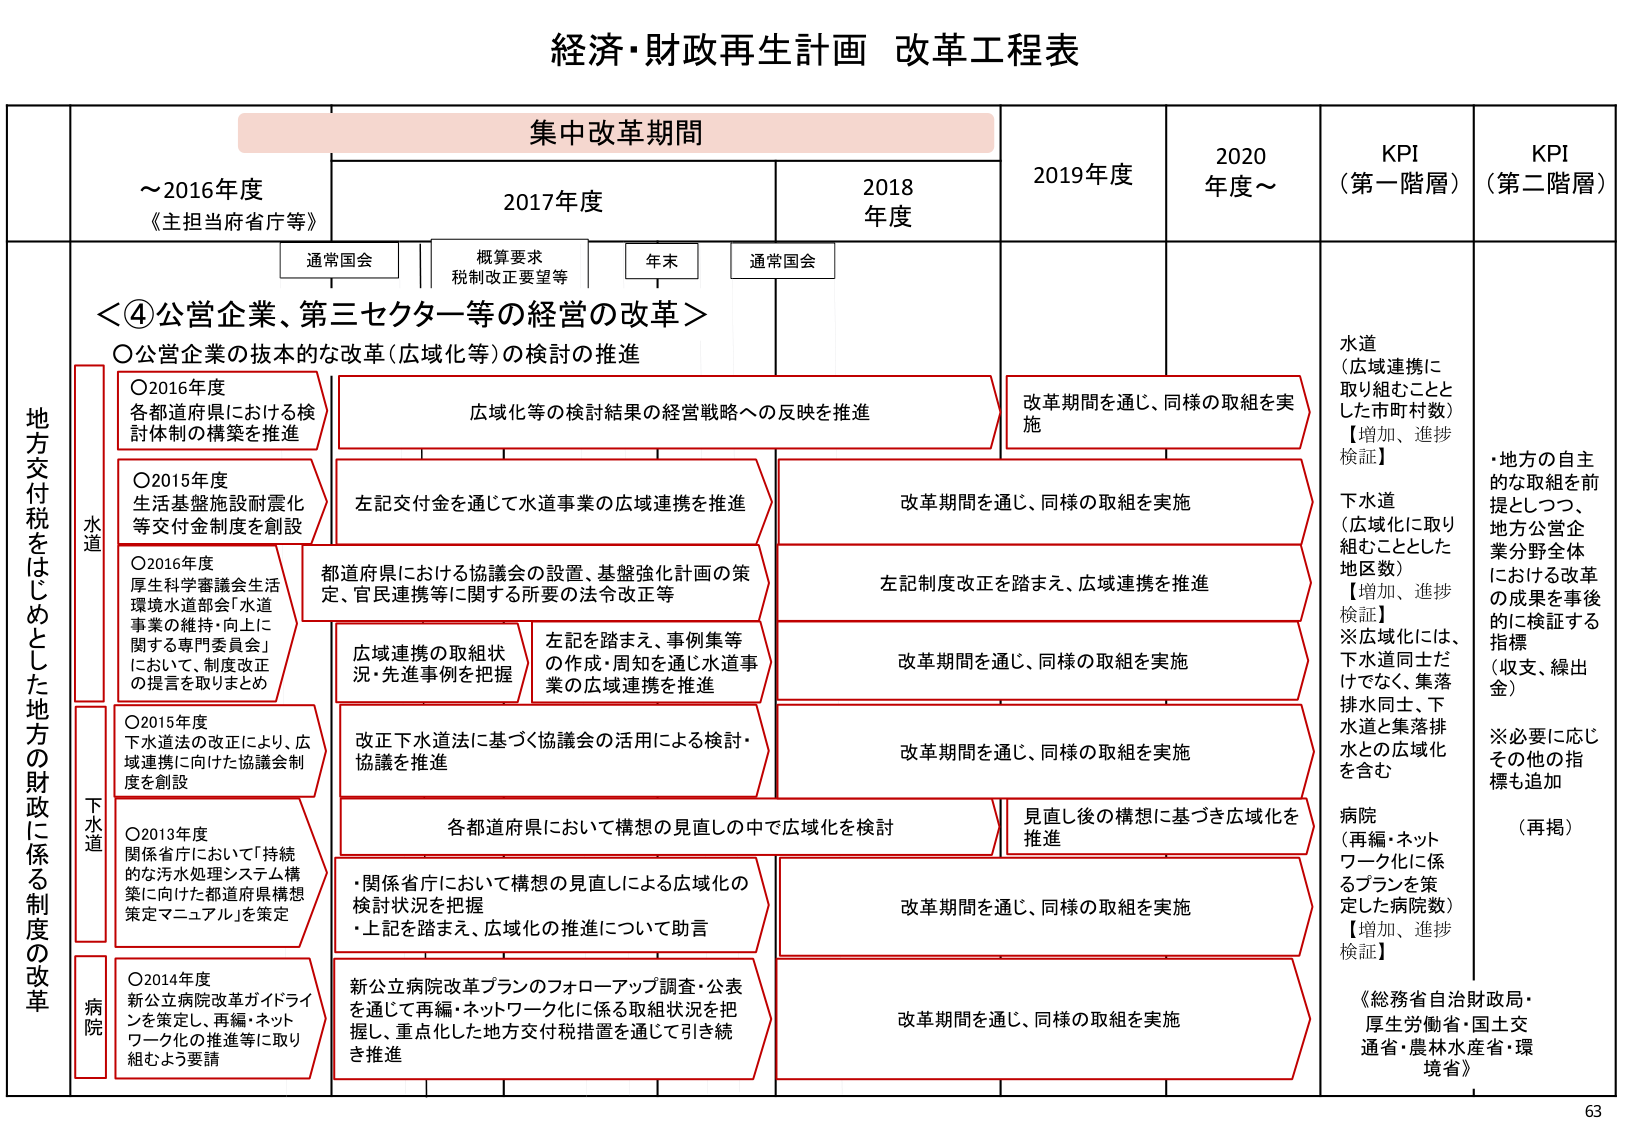
経済・財政再生計画 改革工程表

集中改革期間

～2016年度
《主担当府省庁等》

2017年度
通常国会
概算要求
税制改正要望等
年末
通常国会

2018年度

2019年度

2020年度～

KPI（第一階層）

KPI（第二階層）

＜④公営企業、第三セクター等の経営の改革＞

○公営企業の抜本的な改革（広域化等）の検討の推進

地方交付税をはじめとした地方の財政に係る制度の改革

水道

○2016年度
各都道府県における検討体制の構築を推進

広域化等の検討結果の経営戦略への反映を推進

改革期間を通じ、同様の取組を実施

水道
（広域連携に取り組むこととした市町村数）
【増加、進捗検証】

○2015年度
生活基盤施設耐震化等交付金制度を創設

左記交付金を通じて水道事業の広域連携を推進

改革期間を通じ、同様の取組を実施

下水道
（広域化に取り組むこととした地区数）
【増加、進捗検証】
※広域化には、下水道同士だけでなく、集落排水同士、下水道と集落排水との広域化を含む

○2016年度
厚生科学審議会生活環境水道部会「水道事業の維持・向上に関する専門委員会」において、制度改正の提言を取りまとめ

都道府県における協議会の設置、基盤強化計画の策定、官民連携等に関する所要の法令改正等

左記制度改正を踏まえ、広域連携を推進

広域連携の取組状況・先進事例を把握

左記を踏まえ、事例集等の作成・周知を通じ水道事業の広域連携を推進

改革期間を通じ、同様の取組を実施

下水道

○2015年度
下水道法の改正により、広域連携に向けた協議会制度を創設

改正下水道法に基づく協議会の活用による検討・協議を推進

改革期間を通じ、同様の取組を実施

○2013年度
関係省庁において「持続的な汚水処理システム構築に向けた都道府県構想策定マニュアル」を策定

各都道府県において構想の見直しの中で広域化を検討

見直し後の構想に基づき広域化を推進

・関係省庁において構想の見直しによる広域化の検討状況を把握
・上記を踏まえ、広域化の推進について助言

改革期間を通じ、同様の取組を実施

病院

○2014年度
新公立病院改革ガイドラインを策定し、再編・ネットワーク化の推進等に取り組むよう要請

新公立病院改革プランのフォローアップ調査・公表を通じて再編・ネットワーク化に係る取組状況を把握し、重点化した地方交付税措置を通じて引き続き推進

改革期間を通じ、同様の取組を実施

病院
（再編・ネットワーク化に係るプランを策定した病院数）
【増加、進捗検証】

・地方の自主的な取組を前提としつつ、地方公営企業分野全体における改革の成果を事後的に検証する指標（収支、繰出金）
※必要に応じその他の指標も追加
（再掲）

《総務省自治財政局・厚生労働省・国土交通省・農林水産省・環境省》

63